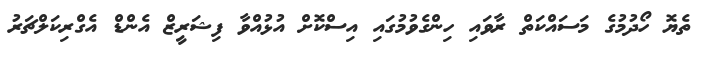
ތެޔޮ ހޯދުމުގެ މަސައްކަތް ރާވައި ހިންގެވުމުގައި އިސްކޮށް އުޅުއްވާ ފިޝަރީޒް އެންޑް އެގްރިކަލްޗަރު